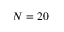
N = 2 0